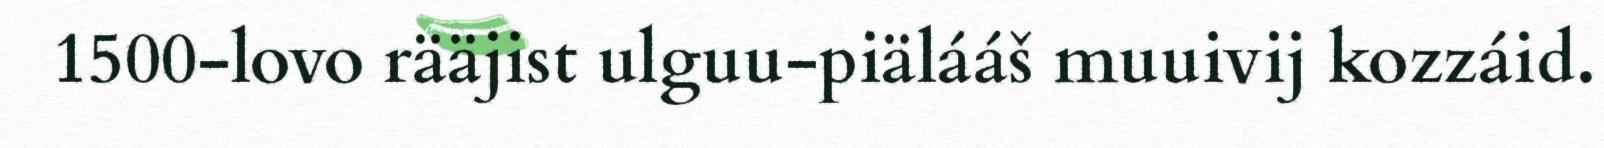
1500-lovo rääjist ulguu-piälááš muuivij kozzáid.